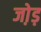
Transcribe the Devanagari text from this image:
जो़ड़